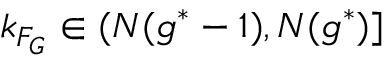
k _ { F _ { G } } \in ( N ( g ^ { * } - 1 ) , N ( g ^ { * } ) ]